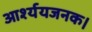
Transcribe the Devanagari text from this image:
आर्श्ययजनक।